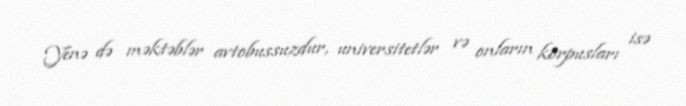
Yenə də məktəblər avtobussuzdur, universitetlər və onların korpusları isə